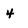
Character: 4